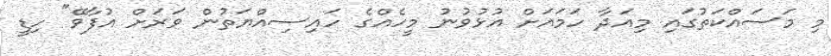
މި މަސައްކަތުގައި މިއަދާ ހަމައަށް އުޅުވުނު މީހެއްގެ ހައިސިއްޔަތުން ވަރަށް އުފާވޭ" ހިޑީ